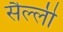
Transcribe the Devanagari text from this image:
सैल्ली